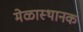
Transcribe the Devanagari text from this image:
मेळास्थानक